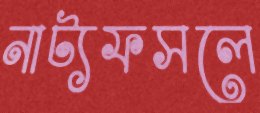
নাট্যফসলে